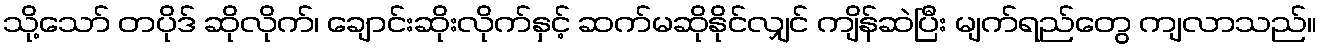
သို့သော် တပိုဒ် ဆိုလိုက်၊ ချောင်းဆိုးလိုက်နှင့် ဆက်မဆိုနိုင်လျှင် ကျိန်ဆဲပြီး မျက်ရည်တွေ ကျလာသည်။